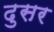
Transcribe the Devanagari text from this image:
दुसर